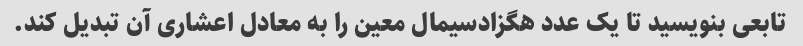
تابعی بنویسید تا یک عدد هگزادسیمال معین را به معادل اعشاری آن تبدیل کند.